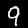
Digit: 9